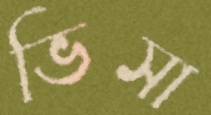
ভিসা